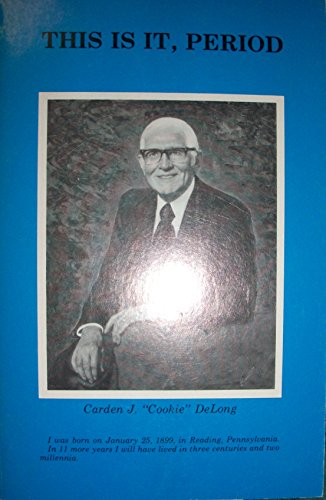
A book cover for This is it, period; Carden J DeLong; Travel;